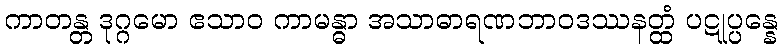
ကာတန္တ ဒုဂ္ဂမော ဧသာဝ ကာမန္ဓာ အသာဓာရဏဘာဝဒဿနတ္ထံ ပဋုပ္ပန္နေ